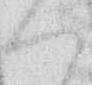
く